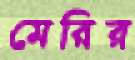
মেরির